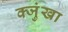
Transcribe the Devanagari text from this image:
क्जुंखा